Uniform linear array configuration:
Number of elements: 48
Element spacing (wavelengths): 0.25
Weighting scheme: hamming
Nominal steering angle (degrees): -15
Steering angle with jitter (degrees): -13.212
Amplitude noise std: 0.05
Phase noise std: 0.05

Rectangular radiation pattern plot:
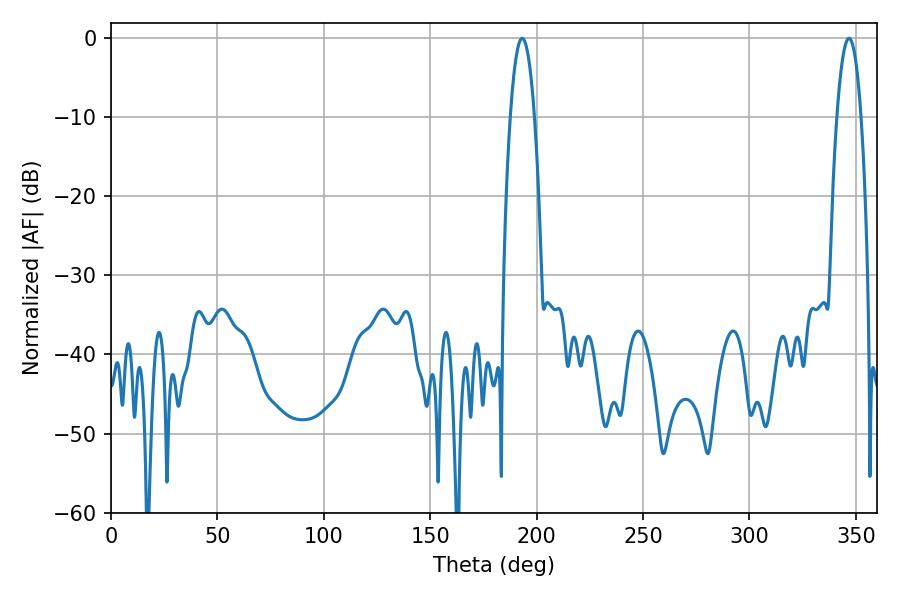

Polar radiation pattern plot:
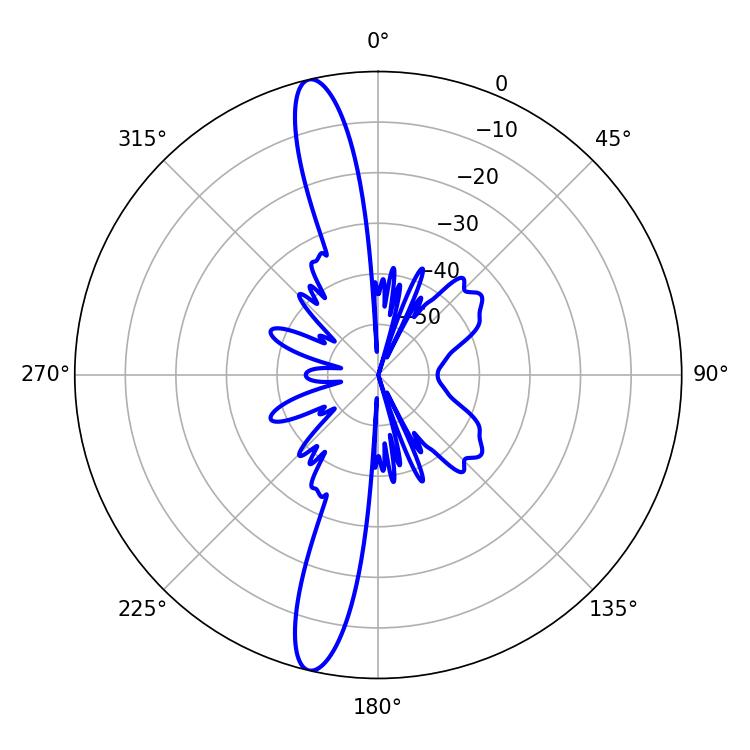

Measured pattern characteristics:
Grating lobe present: FALSE
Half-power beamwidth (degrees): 6.3
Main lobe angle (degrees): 193.14